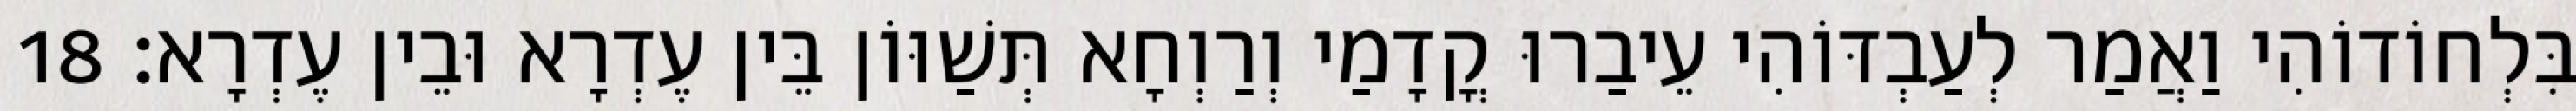
בִּלְחוֹדוֹהִי וַאֲמַר לְעַבְדּוֹהִי עֵיבַרוּ קֳדָמַי וְרַוְחָא תְּשַׁוּוֹן בֵּין עֶדְרָא וּבֵין עֶדְרָא׃ 18